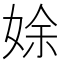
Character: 𡝐